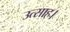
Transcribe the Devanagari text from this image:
उत्‍साह।